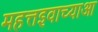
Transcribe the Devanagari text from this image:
महत्तइवाच्याआ